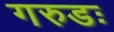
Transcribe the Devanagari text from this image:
गरुडः